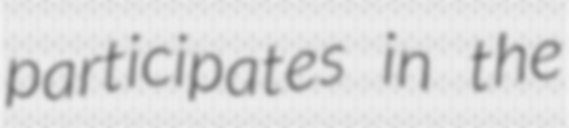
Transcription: participates in the